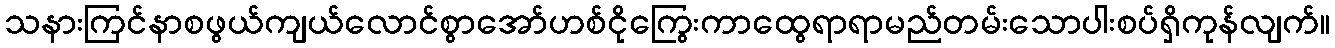
သနားကြင်နာစဖွယ်ကျယ်လောင်စွာအော်ဟစ်ငိုကြွေးကာထွေရာရာမည်တမ်းသောပါးစပ်ရှိကုန်လျက်။